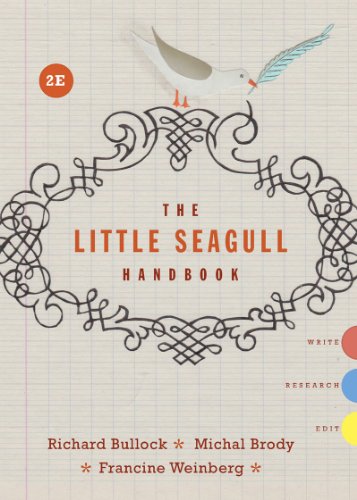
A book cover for The Little Seagull Handbook, 2nd Edition; Richard Bullock; Reference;